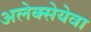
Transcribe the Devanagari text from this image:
अलेक्सेयेवा